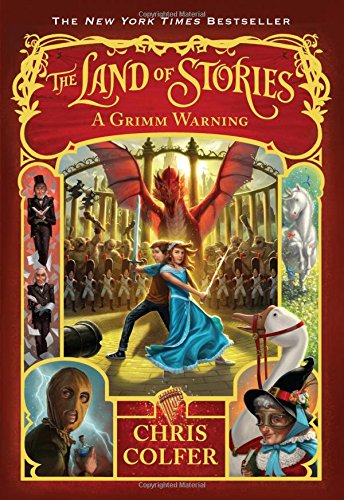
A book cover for The Land of Stories: A Grimm Warning; Chris Colfer; Children's Books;